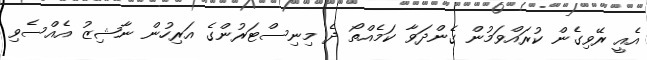
އެއީ ރޭވިގެން ކުރައްވަމުން ގެންދަވާ ކަމެއްތޯ ދެ މިނިސްޓަރުންގެ އަރިހުން ނާޝިޒު އެއްސެވި